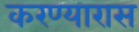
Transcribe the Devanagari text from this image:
करण्यारास